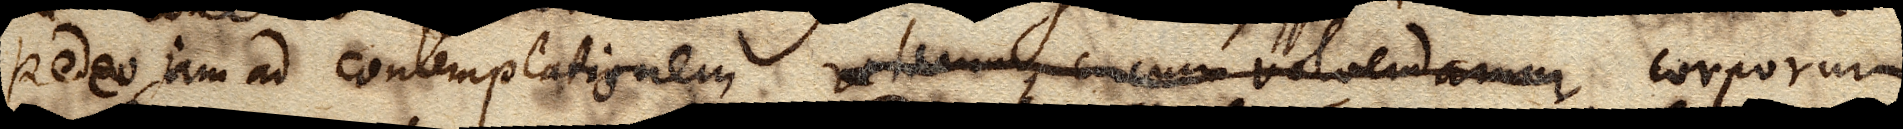
Redeo, jam ad contemplationem rotarum circumvolvendarum corporum